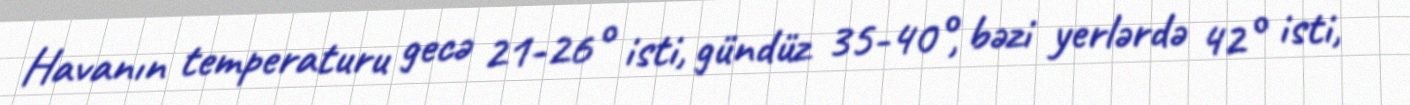
Havanın temperaturu gecə 21-26° isti, gündüz 35-40°, bəzi yerlərdə 42° isti,